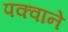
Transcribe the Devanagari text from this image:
पक्वाने